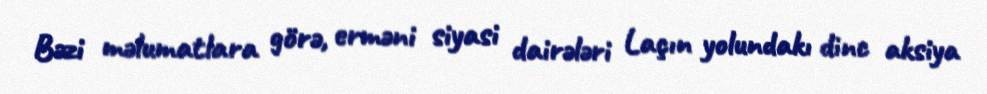
Bəzi məlumatlara görə, erməni siyasi dairələri Laçın yolundakı dinc aksiya